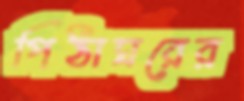
পিঠাঘরের